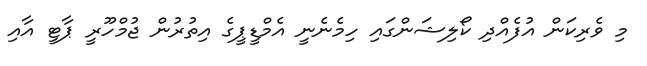
މި ވެރިކަން އުފެއްދި ކޯލިޝަންގައި ހިމެނެނީ އެމްޑީޕީގެ އިތުރުން ޖުމްހޫރީ ޕާޓީ އާއި